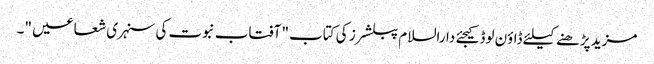
مزید پڑھنے کیلئے ڈاؤن لوڈ کیجئے دارالسلام پبلشرز کی کتاب " آفتاب نبوت کی سنہری شعاعیں "۔